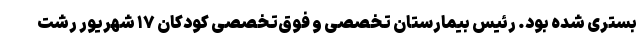
بستری شده بود. رئیس بیمارستان تخصصی و فوق‌تخصصی کودکان ۱۷ شهریور رشت